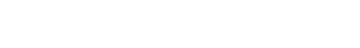
ဋ္ဌ-ဒု-အုပ်-၇၂။ ။ နေရာမက်မော ဘေးထူပြော